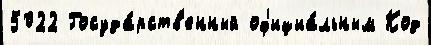
5022 Госуда́рств'енный оф'ициа́льным Код